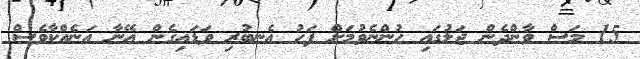
15 މަސް ވާންދެން ޖަލުގައި ހުންނެވުމަށް ފަހު އެނބުރި ވަޑައިގެން އޭނާ އަނެއްކާވެސް